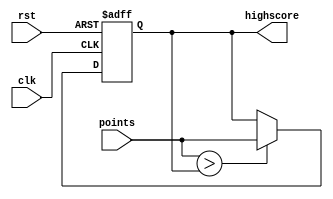
`timescale 1ns / 1ps

module high_score (
	input clk,
	input rst, // reset high score
	input wire [31:0] points,
	output reg [31:0] highscore
	);

	initial begin
		highscore = 0;
	end

	always @ (posedge clk or posedge rst) begin
		if (rst) begin
			highscore <= 0;
		end
		else if (points > highscore) begin
			highscore <= points;
		end 
		else begin
			highscore <= highscore;
		end
	end

endmodule